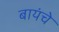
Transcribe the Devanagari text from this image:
बायंचे